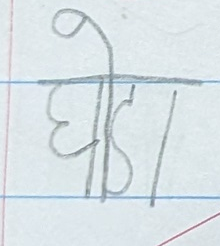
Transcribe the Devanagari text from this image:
घोडा